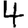
Digit: 4